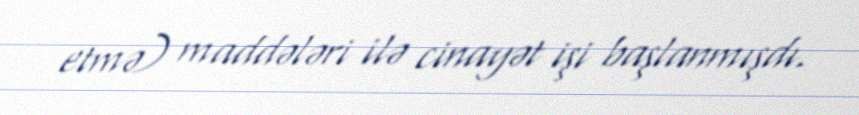
etmə) maddələri ilə cinayət işi başlanmışdı.